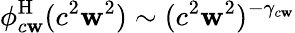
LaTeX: \phi_{c\mathbf{w}}^{\mathrm{{H}}}(c^{2}\mathbf{w}^{2})\sim(c^{2}\mathbf{w}^{2})^{-\gamma_{c\mathbf{w}}}